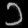
Digit: ၁